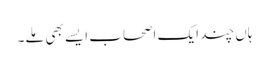
ہاں چند ایک اصحاب ایسے بھی مِلے۔